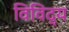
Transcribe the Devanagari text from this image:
विविद्य